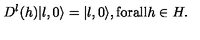
D ^ { l } ( h ) | l , 0 \rangle = | l , 0 \rangle , \mathrm { f o r a l l } h \in H .